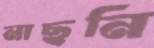
নাছনি